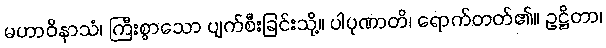
မဟာဝိနာသံ၊ ကြီးစွာသော ပျက်စီးခြင်းသို့။ ပါပုဏာတိ၊ ရောက်တတ်၏။ ဥဋ္ဌိတာ၊